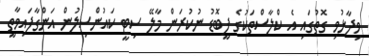
ވިދާޅުވި ގޮތުގައި އެ ކްލާސްތަކުގެ ފީބޮޑު ނުކުރަން މާލޭ ސިޓީ ކައުންސިލުން އަންގާފައިވާތީ